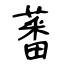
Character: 蕃